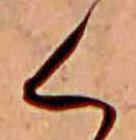
く